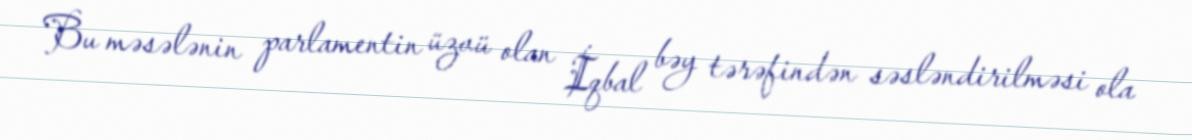
Bu məsələnin parlamentin üzvü olan İqbal bəy tərəfindən səsləndirilməsi ola